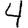
Digit: 4